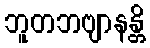
ဘူတဘဗျာနန္တိ